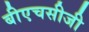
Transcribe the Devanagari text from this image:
बीएचसीजी